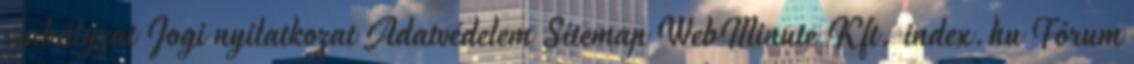
szabályzat Jogi nyilatkozat Adatvédelem Sitemap WebMinute Kft. index.hu Fórum